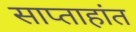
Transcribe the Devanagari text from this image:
साप्ताहांत